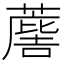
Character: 𮑯